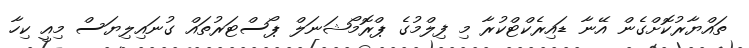
ތައްޔާރުކޮށްގެން އޭނާ ޑައިރެކްޓްކުރާ މި ފިލްމުގެ ޕްރޮމޯޝަނަލް ޕޯސްޓަރުތައް ގުނައިލިޔަސް މިއީ ކިހާ